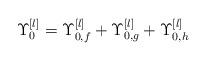
LaTeX: \begin{align*}\Upsilon_0^{[l]} = \Upsilon_{0,f}^{[l]}+\Upsilon_{0,g}^{[l]}+\Upsilon_{0,h}^{[l]}\end{align*}